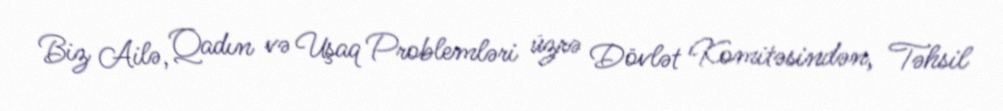
Biz Ailə, Qadın və Uşaq Problemləri üzrə Dövlət Komitəsindən, Təhsil